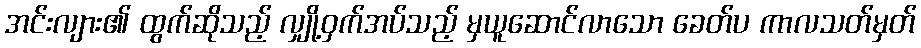
အင်းလျား၏ ထွက်ဆိုသည့် လျှို့ဝှက်အပ်သည့် မှယူဆောင်လာသော ခေတ်ပ ကာလသတ်မှတ်